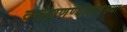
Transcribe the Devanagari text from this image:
वाखाणण्यासारख्या